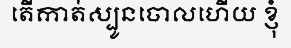
តើកាត់ស្បូនចោលហើយ ខ្ញុំ